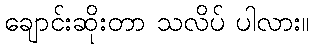
ချောင်းဆိုးတာ သလိပ် ပါလား။